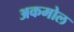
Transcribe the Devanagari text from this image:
अकमोल